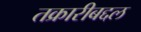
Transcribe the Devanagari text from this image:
तक्रारीबद्दल